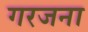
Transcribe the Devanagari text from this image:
गरजना